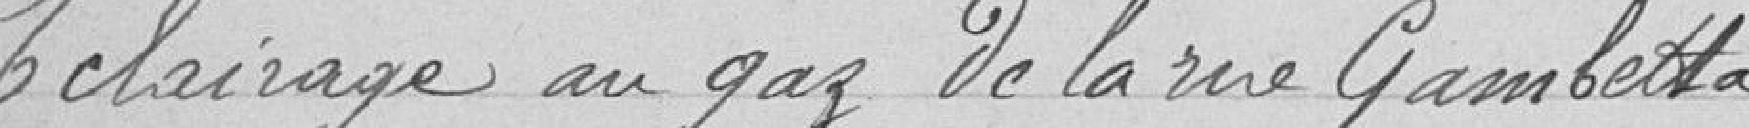
Éclairage au gaz de la rue Gambetta